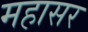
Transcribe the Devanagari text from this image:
महासर